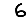
Digit: 6